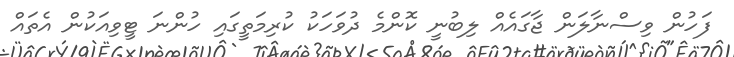
ފަހުން ވިސްނާލަން ޖާގައެއް ލިބުނީ ކޮންމެ ދުވަހަކު ކުރިމަތީގައި ހުންނަ ޓީވިއަކުން އެތައް